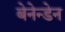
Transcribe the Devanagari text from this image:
बेनेन्डेन